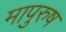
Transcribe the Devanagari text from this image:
मापुरुष